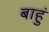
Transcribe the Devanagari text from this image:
बाहुं